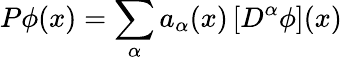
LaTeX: P\phi(x)=\sum_{\alpha}a_{\alpha}(x)\left[D^{\alpha}\phi\right](x)